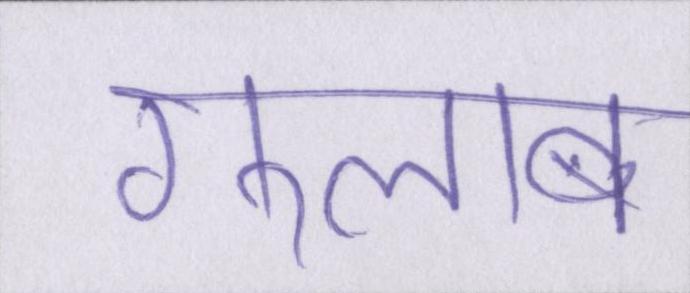
गुलाब